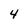
Character: 4